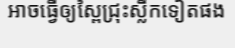
អាចធ្វើឲ្យស្ពៃជ្រុះស្លឹកទៀតផង